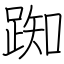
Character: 踟